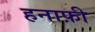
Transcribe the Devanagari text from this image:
हनाफ़ी